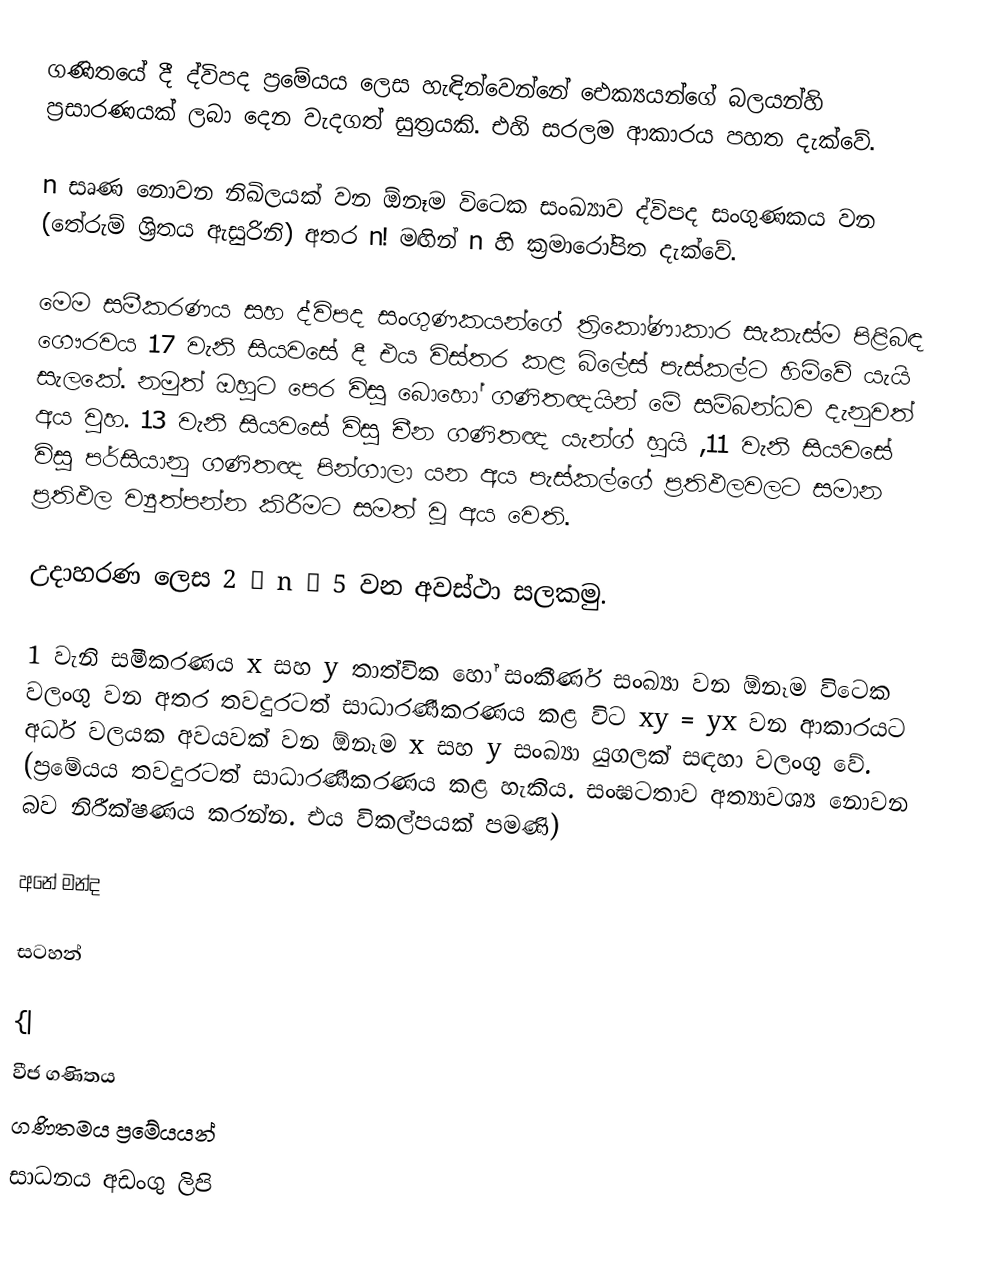
ගණිතයේ දී ද්විපද ප්‍රමේයය ලෙස හැඳින්වෙන්නේ ඓක්‍යයන්ගේ බලයන්හි ප්‍රසාරණයක් ලබා දෙන වැදගත් සුත්‍රයකි. එහි සරලම ආකාරය පහත දැක්වේ.

n සෘණ නොවන නිඛිලයක් වන ඕනෑම විටෙක සංඛ්‍යාව ද්විපද සංගුණකය වන (තේරුම් ශ්‍රිතය ඇසුරිනි) අතර n! මඟින් n හි ක්‍රමාරෝපිත දැක්වේ.

මෙම සමීකරණය සහ ද්විපද සංගුණකයන්ගේ ත්‍රිකෝණාකාර සැකැස්ම පිළිබඳ ගෞරවය 17 වැනි සියවසේ දී එය විස්තර කළ බ්ලේස් පැස්කල්ට හිමිවේ යැයි සැලකේ. නමුත් ඔහුට පෙර විසූ බොහෝ ගණිතඥයින් මේ සම්බන්ධව දැනුවත් අය වුහ. 13 වැනි සියවසේ විසු චීන ගණිතඥ යැන්ග් හුයි ,11 වැනි සියවසේ විසූ පර්සියානු ගණිතඥ පින්ගාලා යන අය පැස්කල්ගේ ප්‍රතිඵලවලට සමාන ප්‍රතිඵල ව්‍යුත්පන්න කිරීමට සමත් වූ අය වෙති.

උදාහරණ ලෙස 2 ≤ n ≤ 5 වන අවස්ථා සලකමු.

1 වැනි සමීකරණය x සහ y තාත්වික හෝ සංකීර්ණ සංඛ්‍යා වන ඕනෑම විටෙක වලංගු වන අතර තවදුරටත් සාධාරණීකරණය කළ විට xy = yx වන ආකාරයට අර්ධ වලයක අවයවක් වන ඕනෑම x සහ y සංඛ්‍යා යුගලක් සඳහා වලංගු වේ. (ප්‍රමේයය තවදුරටත් සාධාරණීකරණය කළ හැකිය. සංඝටතාව අත්‍යාවශ්‍ය නොවන බව නිරීක්ෂණය කරන්න. එය විකල්පයක් පමණි)

අනේ මන්ද

සටහන්

{|
වීජ ගණිතය
ගණිතමය ප්‍රමේයයන්
සාධනය අඩංගු ලිපි